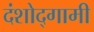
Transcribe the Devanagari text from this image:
दंशोद्गामी